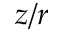
z / r